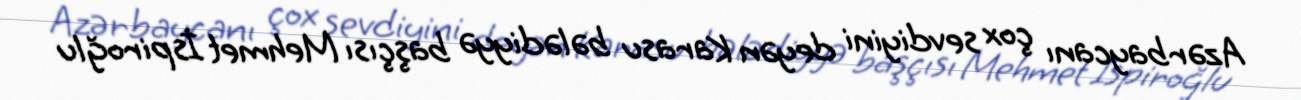
Azərbaycanı çox sevdiyini deyən Karasu bələdiyyə başçısı Mehmet İspiroğlu